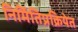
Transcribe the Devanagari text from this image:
निर्मितिप्रक्रियेत